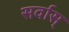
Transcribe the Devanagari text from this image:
सर्वास्‌